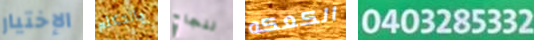
الإختيار بالتكلم لنجاح الكعكه 0403285332